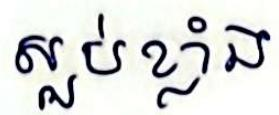
ស្ងប់ខ្លាំង